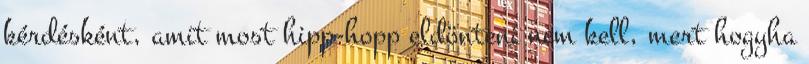
kérdésként, amit most hipp-hopp eldönteni nem kell, mert hogyha